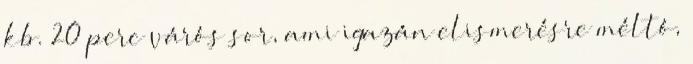
kb. 20 perc várós sor, ami igazán elismerésre méltó,